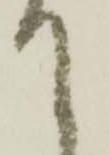
て